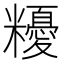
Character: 𥽟